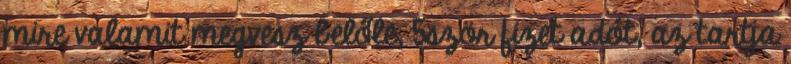
mire valamit megvesz belőle, 5ször fizet adót, az tartja